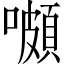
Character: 𡂄